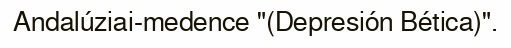
Andalúziai-medence "(Depresión Bética)".